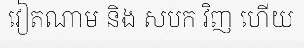
វៀតណាម និង សបក វិញ ហើយ